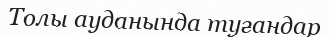
Толы ауданында туғандар